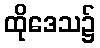
ထိုဒေသ၌